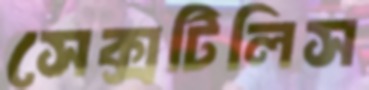
সেক্সটিলিস